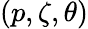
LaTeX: (p,\zeta,\theta)